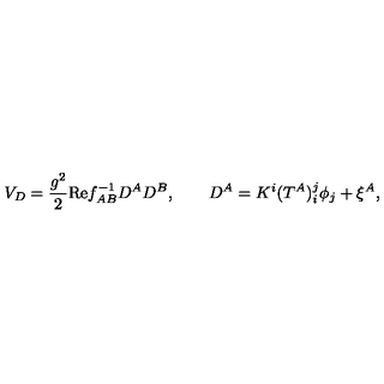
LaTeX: V _ { D } = \frac { g ^ { 2 } } 2 \mathrm { R e } f _ { A B } ^ { - 1 } D ^ { A } D ^ { B } , \qquad D ^ { A } = K ^ { i } ( T ^ { A } ) _ { i } ^ { j } \phi _ { j } + \xi ^ { A } ,